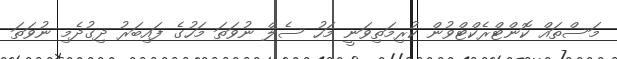
މަސްތައް ކޮންޓްރެކްޓްވުން ކުރިމަތިވަނީ މަހު ސެލް ނުވަތަ މަހުގެ ފައިބަރު ދިގުދެމި ނުވަތަ